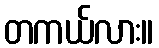
တကယ်လား။